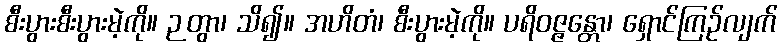
စီးပွားစီးပွားမဲ့ကို။ ဉတွာ၊ သိ၍။ အဟိတံ၊ စီးပွားမဲ့ကို။ ပရိဝဇ္ဇန္တော၊ ရှောင်ကြဉ်လျက်